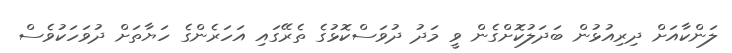
ލަންކާއަށް ދިރިއުޅުން ބަދަލުކޮށްގެން ވީ މަދު ދުވަސްކޮޅުގެ ތެރޭގައި އަހަރެންގެ ހަޔާތަށް ދުވަހަކުވެސް